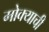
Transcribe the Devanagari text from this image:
मोक्याची